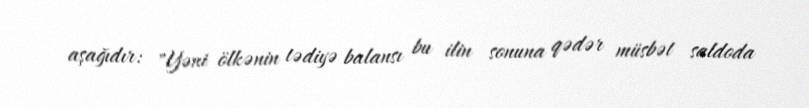
aşağıdır: "Yəni ölkənin tədiyə balansı bu ilin sonuna qədər müsbət saldoda